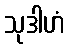
သုဒါဟံ